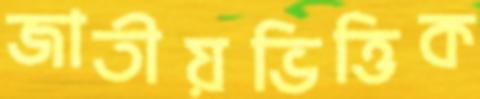
জাতীয়ভিত্তিক